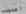
اعدت